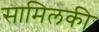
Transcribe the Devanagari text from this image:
सामिलकी